Bréfritari: Soffía Daníelsdóttir
Viðtakandi: Jakobína Magnúsdóttir og Daníel Halldórsson
Dagsetning: A-1900-10-18
Skrifað á: Skeggjastöðum  N-Múl.
Soffía var dóttir Jakobínu og Daníels

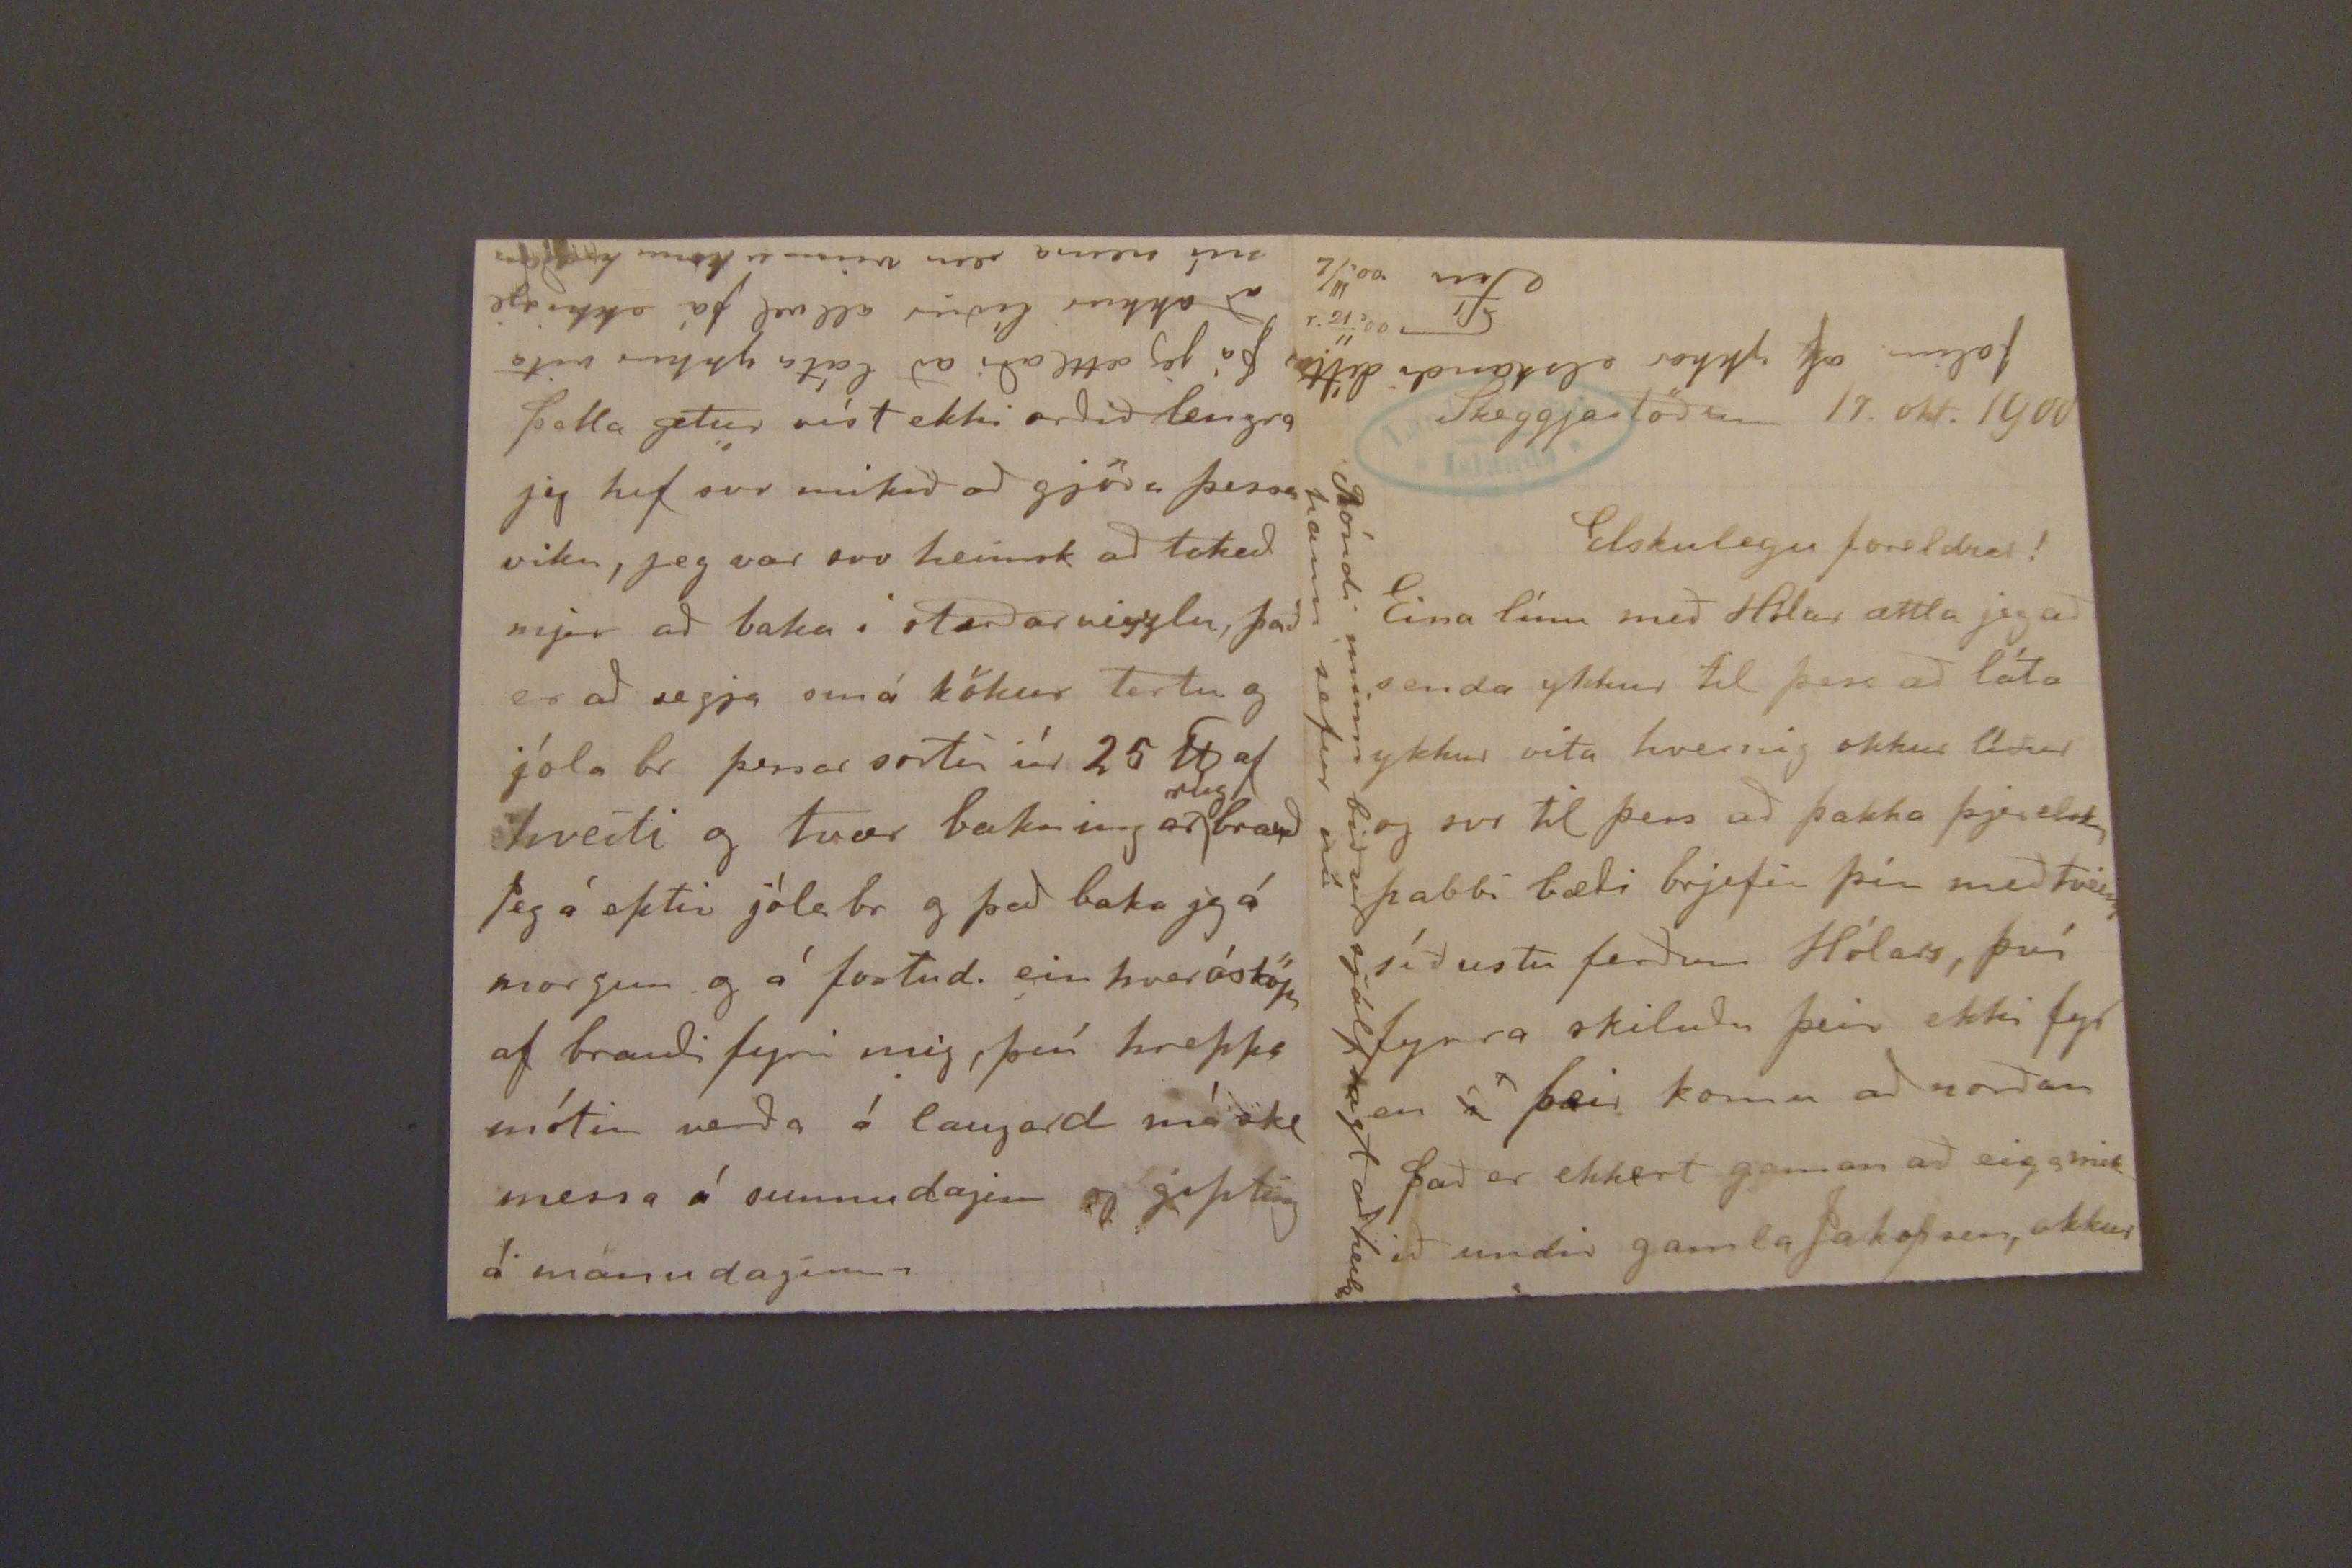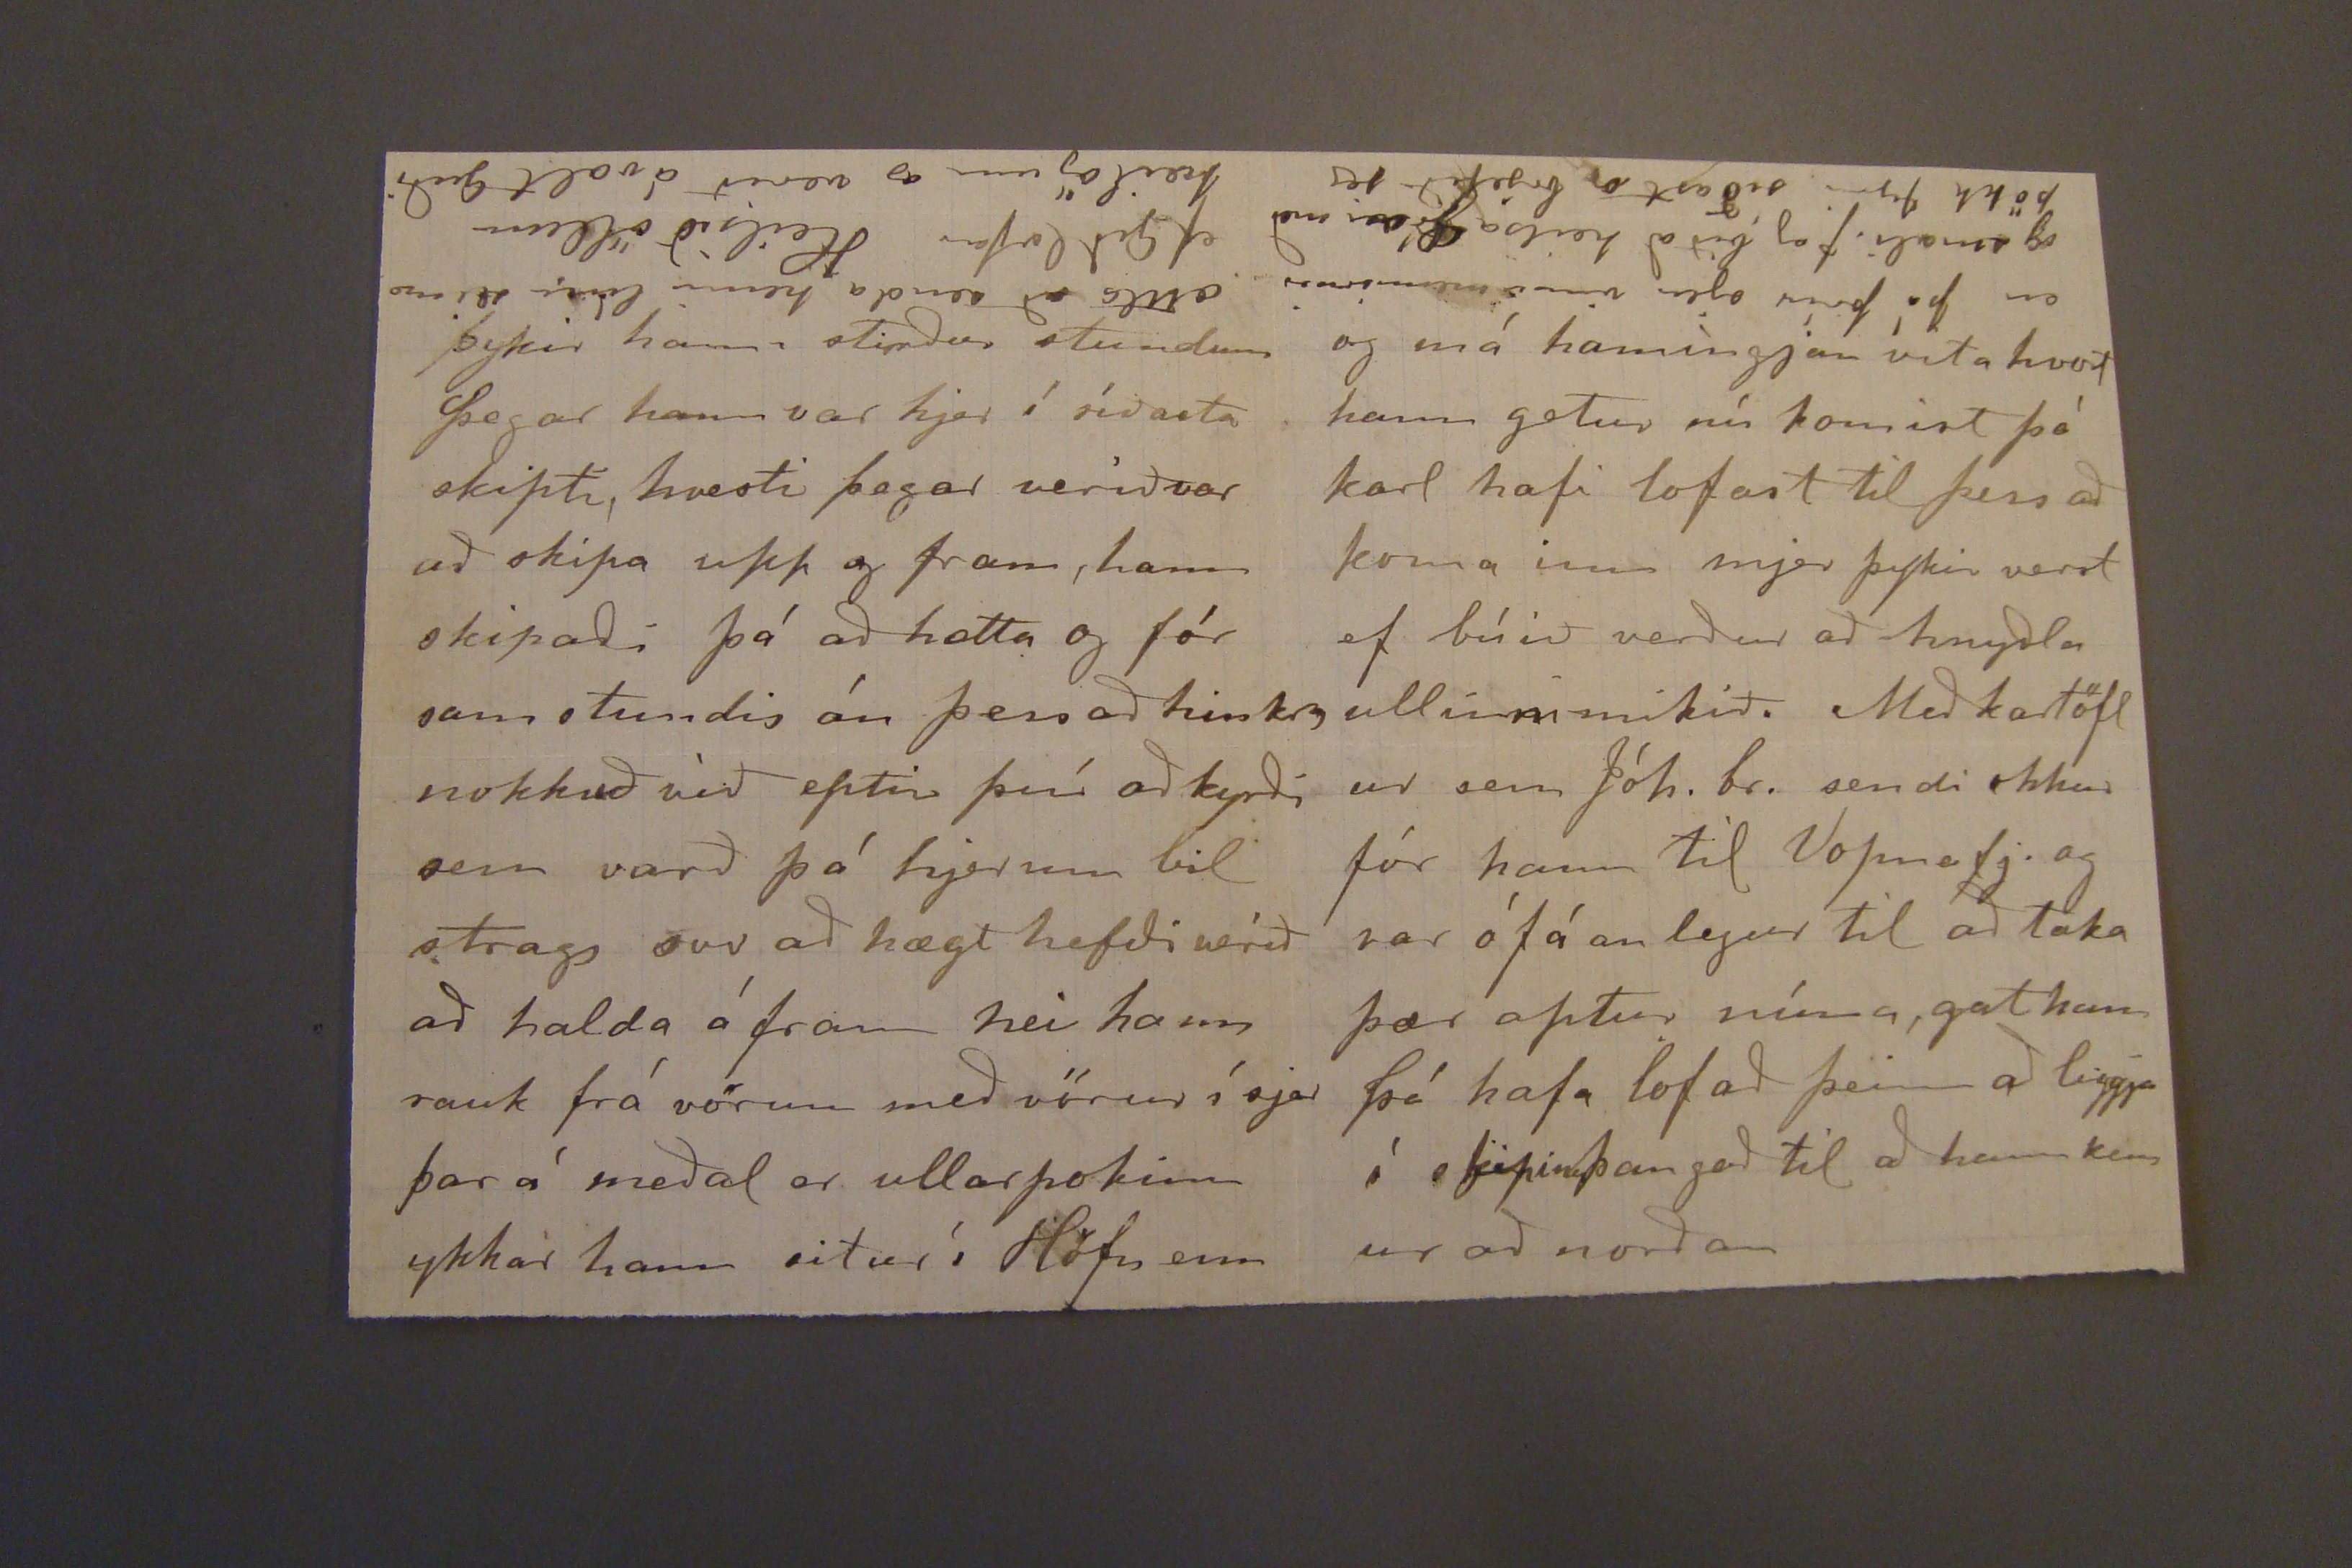

þykir hann, stirður stundum þegar hann var hjer í síðasta skipti, hvesti þegar verið var að skipa upp og fram, hann skipaði þá að hætta og fór samstundis án þess að hinkra nokkuð við eptir því að kyrði sem varð þá hjerum bil strags svo að hægt hefði verið að halda á fram nei hann rauk frá vörum emð vörur í sjer þar á meðal er ullar pokinn ykkar hann situr í Höfn enn
ættla að senda henni
lísin
ef Guð lofar
Heilsið öllum heilögum og verið ávalt Guði
Skeggjastöðum 18. okt. 1900
Elskulegu foreldrar!
Eina línu með Hólar ættla jeg að senda ykkur til þess að láta ykkur vita hvernig okkur líður og svo til þess að þakka þjer elsku pabbi bæði brjefin þín með tveim síðustu ferðum Hólars, því fyrra skiluðu þeir ekki fyr en
í
þeir komu að norðan það er ekkert gaman að eiga mikið undir gamla Jakopsen, okkur
Bóndi minn biður sjálfsagt að heilsa hann sefur nú
falin af ykkar elskandi dóttur
Fíu
þetta getur víst ekki orðið lengra jeg hef svo mikið að gjöra þessa viku, jeg var svo heimsk að tokað mjer að baka i stærðar veizlu, það er að segja smá kökur tertu og jóla br þessar sortu úr 25
U
af hveiti og tvær bakningar
rúg
brauð Jeg á eptir jóla br og það baka jeg á morgun og á fostud. ein hver ósköp af brauði fyrir mig, því hreppsmótin verða á laugard máske messa á sunnudagin og gipting á manudaginn
á hvolfi: þá jeg ættlaði að láta ykkur vita að okkur líður all vel þá ekki sje nú nema ein vinnukonu hræðan
og má hamingjan vita hvort hann getur nú komist þó karl hafi lofast til þess að koma inn mjer þykir verst ef búið verður að hnysla ullinni mikið. Með kartöfl ur sem Jóh. br. sendi okkur fór hann til Vopnafj. og var ófáanlegur til að taka þær aptur núna, gat hann þá hafa lofað þeim að liggja í skipinu þau goð til að hann kem ur að norðan
á hvolfi: en þó þrír sjeu vinnumennirnir og umæli. Jeg bið að heilsa Gróu með þökk fyrir síðasta brjefið jeg